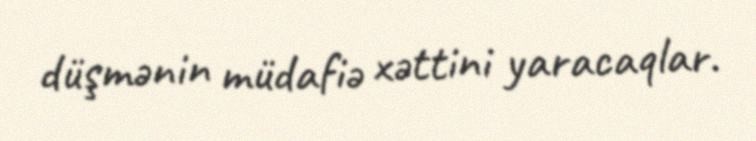
düşmənin müdafiə xəttini yaracaqlar.